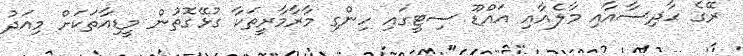
ރޭގެ ހާދިސާއާއި މާލެއާއި އައްޑޫ ސިޓީގައި ހިންގި މާރާމާރީތަކާ ގުޅޭގޮތުން މީޑިއާތަކަށް މިއަދު